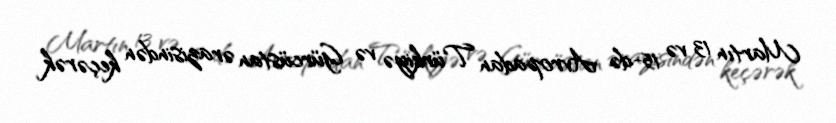
Martın 13 və 15-də Avropadan Türkiyə və Gürcüstan ərazisindən keçərək